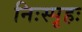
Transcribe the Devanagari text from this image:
निःस्पृहः